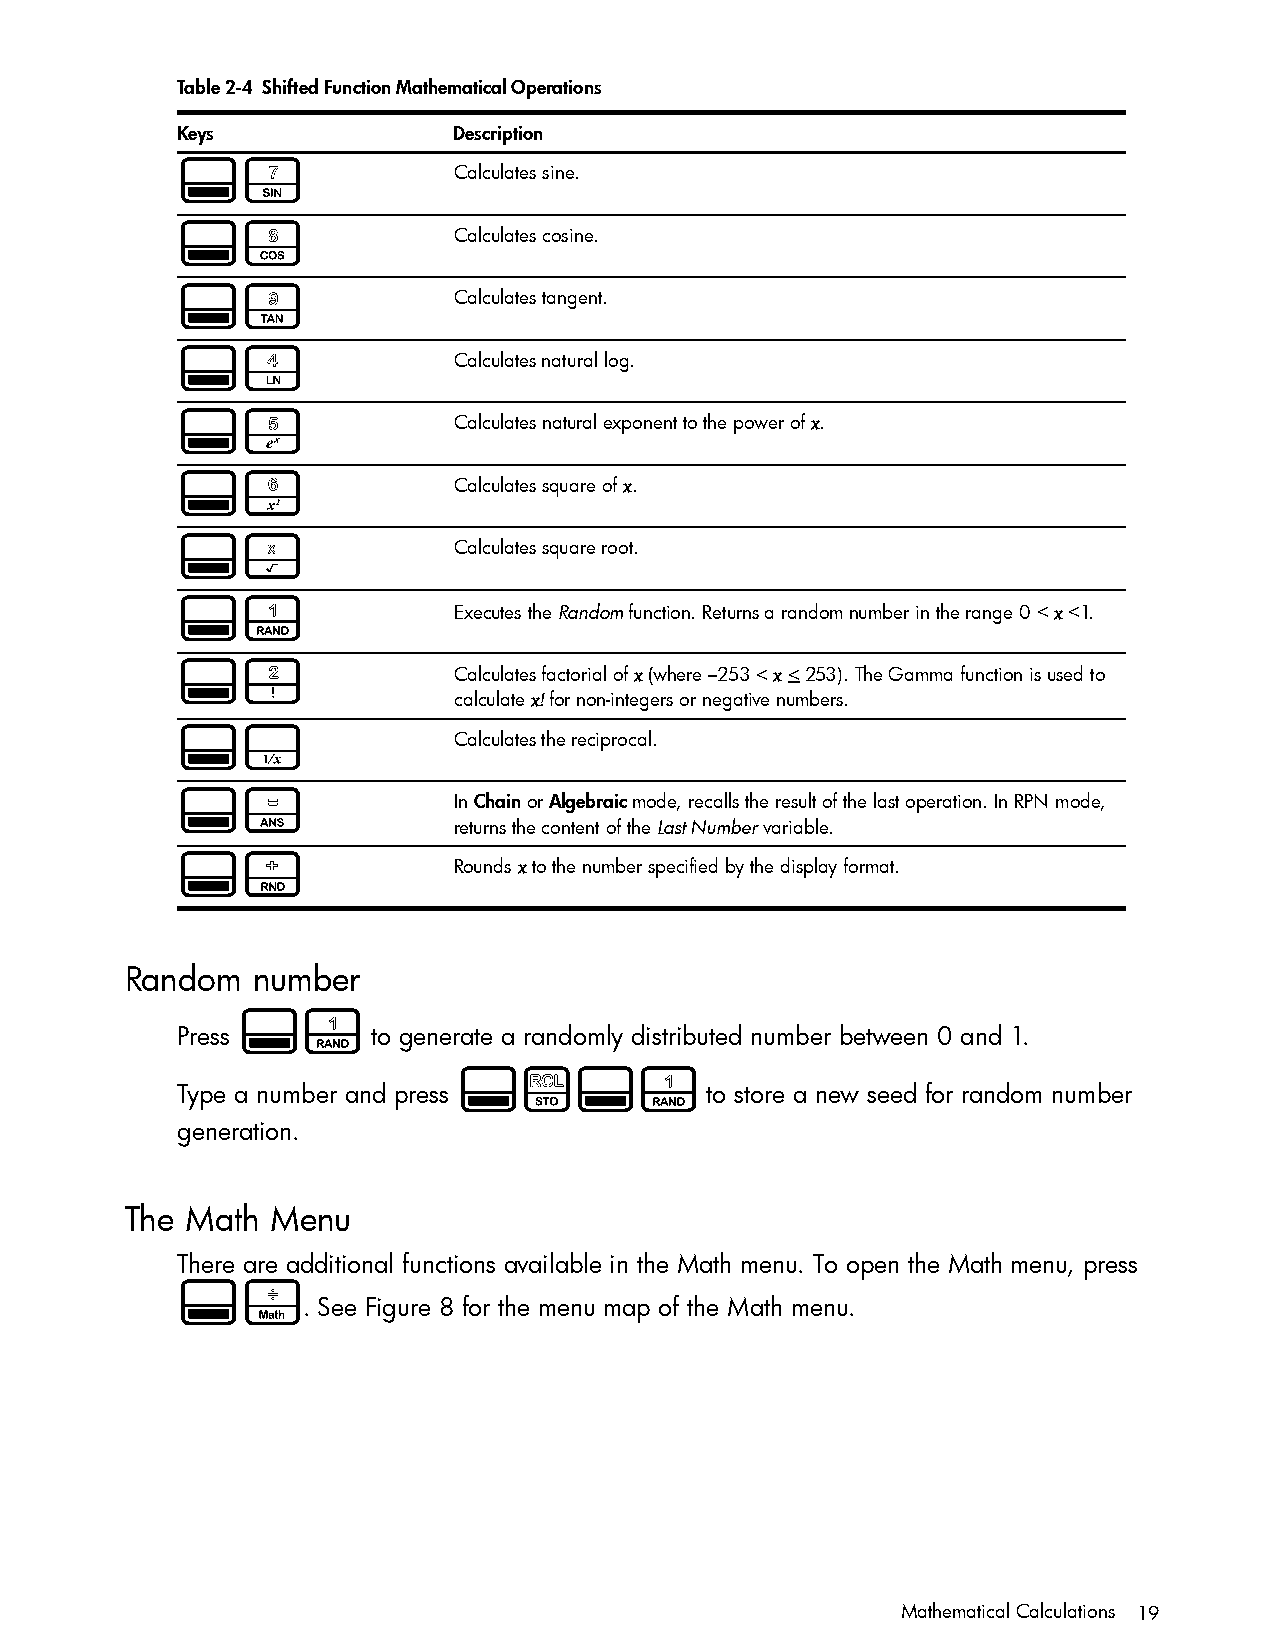
Table 2-4 Shifted Function Mathematical Operations
 Keys              Description
 :p                Calculates sine.
 :q                Calculates cosine.
 :r                Calculates tangent.
 :k                Calculates natural log.
 :l                Calculates natural exponent to the power of x.
 :m                Calculates square of x.
 :n                Calculates square root.
 :f                Executes the Random function. Returns a random number in the range 0 < x <1.
 :g                Calculates factorial of x (where –253 < x < 253). The Gamma function is used to
 calculate x! for non-integers or negative numbers.
 :i                Calculates the reciprocal.
 :d                In Chain or Algebraic mode, recalls the result of the last operation. In RPN mode,
 returns the content of the Last Number variable.
 :e                Rounds x to the number specified by the display format.
 Random   number
 :f
 Press        to generate a randomly distributed number between 0 and 1.
 :$:f
 Type a number and press            to store a new seed for random number
 generation.
 The Math  Menu
 There are additional functions available in the Math menu. To open the Math menu, press
 :s
 . See Figure 8 for the menu map of the Math menu.
 Mathematical Calculations 19